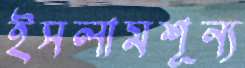
ইসলামশূন্য